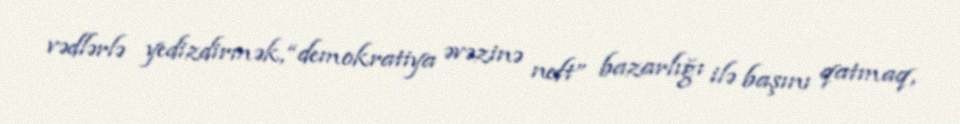
vədlərlə yedizdirmək, “demokratiya əvəzinə neft” bazarlığı ilə başını qatmaq,